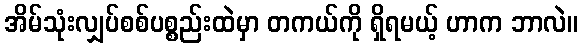
အိမ်သုံးလျှပ်စစ်ပစ္စည်းထဲမှာ တကယ်ကို ရှိရမယ့် ဟာက ဘာလဲ။